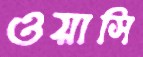
ওয়াসি